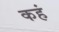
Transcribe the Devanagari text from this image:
कहं